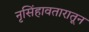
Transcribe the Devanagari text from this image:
नृसिंहावतारातून